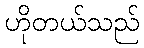
ဟိုတယ်သည်